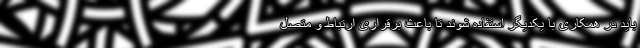
باید در همکاری با یکدیگر استفاده شوند تا باعث برقراری ارتباط و متصل